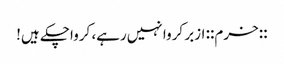
::خرم:: ازبر کروا نہیں‌رہے، کرواچکے ہیں!